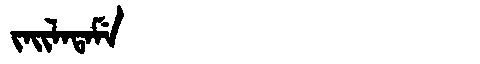
Manchu: ᠵᠠᡳᠯᠠᡨᠠᠮᡝ
Romanization: JAILATAME